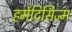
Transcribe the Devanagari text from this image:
हर्मेटिसिज्म